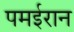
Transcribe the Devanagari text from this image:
पमईरान